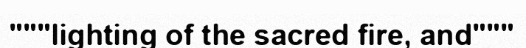
"""lighting of the sacred fire, and"""